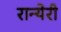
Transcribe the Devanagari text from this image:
रान्येरी